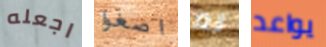
اجعله اصغوا تم يواعد